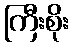
ကြီးစိုး